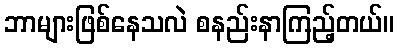
ဘာများဖြစ်နေသလဲ စနည်းနာကြည့်တယ်။